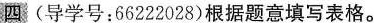
四(导学号：66222028)根据题意填写表格。